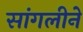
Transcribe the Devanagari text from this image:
सांगलीने